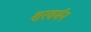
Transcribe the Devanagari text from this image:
शरवर्मन